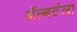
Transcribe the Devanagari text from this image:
ॲल्बर्टला